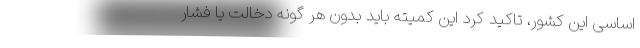
اساسی این کشور، تاکید کرد این کمیته باید بدون هر گونه دخالت یا فشار